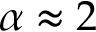
\alpha \approx 2